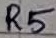
Text: R5